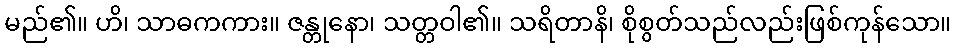
မည်၏။ ဟိ၊ သာဓကကား။ ဇန္တုနော၊ သတ္တဝါ၏။ သရိတာနိ၊ စိုစွတ်သည်လည်းဖြစ်ကုန်သော။